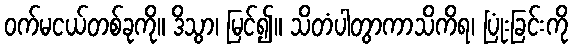
ဝက်မငယ်တစ်ခုကို။ ဒိသွာ၊ မြင်၍။ သိတံပါတွာကာသိကိရ၊ ပြုံးခြင်းကို